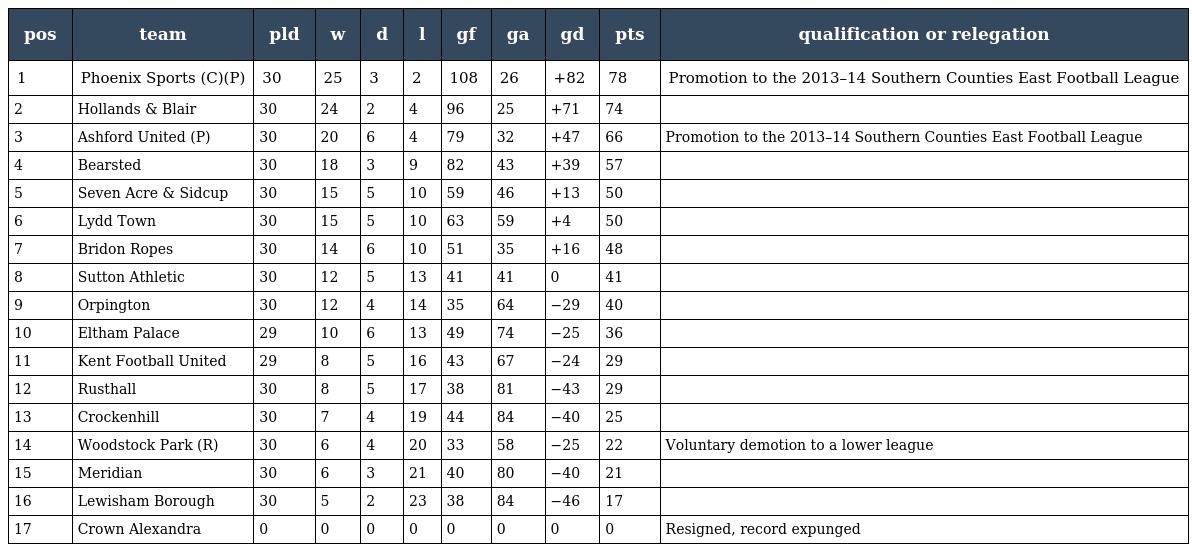
| pos | team | pld | w | d | l | gf | ga | gd | pts | qualification or relegation |
 | --- | --- | --- | --- | --- | --- | --- | --- | --- | --- | --- |
 | 1 | Phoenix Sports (C)(P) | 30 | 25 | 3 | 2 | 108 | 26 | +82 | 78 | Promotion to the 2013–14 Southern Counties East Football League |
 | 2 | Hollands & Blair | 30 | 24 | 2 | 4 | 96 | 25 | +71 | 74 |  |
 | 3 | Ashford United (P) | 30 | 20 | 6 | 4 | 79 | 32 | +47 | 66 | Promotion to the 2013–14 Southern Counties East Football League |
 | 4 | Bearsted | 30 | 18 | 3 | 9 | 82 | 43 | +39 | 57 |  |
 | 5 | Seven Acre & Sidcup | 30 | 15 | 5 | 10 | 59 | 46 | +13 | 50 |  |
 | 6 | Lydd Town | 30 | 15 | 5 | 10 | 63 | 59 | +4 | 50 |  |
 | 7 | Bridon Ropes | 30 | 14 | 6 | 10 | 51 | 35 | +16 | 48 |  |
 | 8 | Sutton Athletic | 30 | 12 | 5 | 13 | 41 | 41 | 0 | 41 |  |
 | 9 | Orpington | 30 | 12 | 4 | 14 | 35 | 64 | −29 | 40 |  |
 | 10 | Eltham Palace | 29 | 10 | 6 | 13 | 49 | 74 | −25 | 36 |  |
 | 11 | Kent Football United | 29 | 8 | 5 | 16 | 43 | 67 | −24 | 29 |  |
 | 12 | Rusthall | 30 | 8 | 5 | 17 | 38 | 81 | −43 | 29 |  |
 | 13 | Crockenhill | 30 | 7 | 4 | 19 | 44 | 84 | −40 | 25 |  |
 | 14 | Woodstock Park (R) | 30 | 6 | 4 | 20 | 33 | 58 | −25 | 22 | Voluntary demotion to a lower league |
 | 15 | Meridian | 30 | 6 | 3 | 21 | 40 | 80 | −40 | 21 |  |
 | 16 | Lewisham Borough | 30 | 5 | 2 | 23 | 38 | 84 | −46 | 17 |  |
 | 17 | Crown Alexandra | 0 | 0 | 0 | 0 | 0 | 0 | 0 | 0 | Resigned, record expunged |